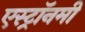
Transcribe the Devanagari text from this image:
एस्‍ट्रॉनमी